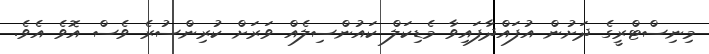
މިނިސްޓްރީގެ ދަށުން އުފައްދާފައިވާ މެޑިކަލް ކައުންސިލެއް ވަރަށް ކުރިންސުރެ ވެސް އޮވެ އެވެ.